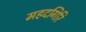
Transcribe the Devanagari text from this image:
महदगिरि